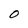
Character: O